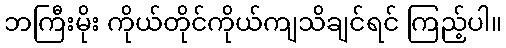
ဘကြီးမိုး ကိုယ်တိုင်ကိုယ်ကျသိချင်ရင် ကြည့်ပါ။